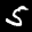
Label: 5